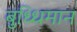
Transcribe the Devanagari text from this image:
बुध्धिमान